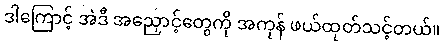
ဒါကြောင့် အဲဒီ အညှောင့်တွေကို အကုန် ဖယ်ထုတ်သင့်တယ်။